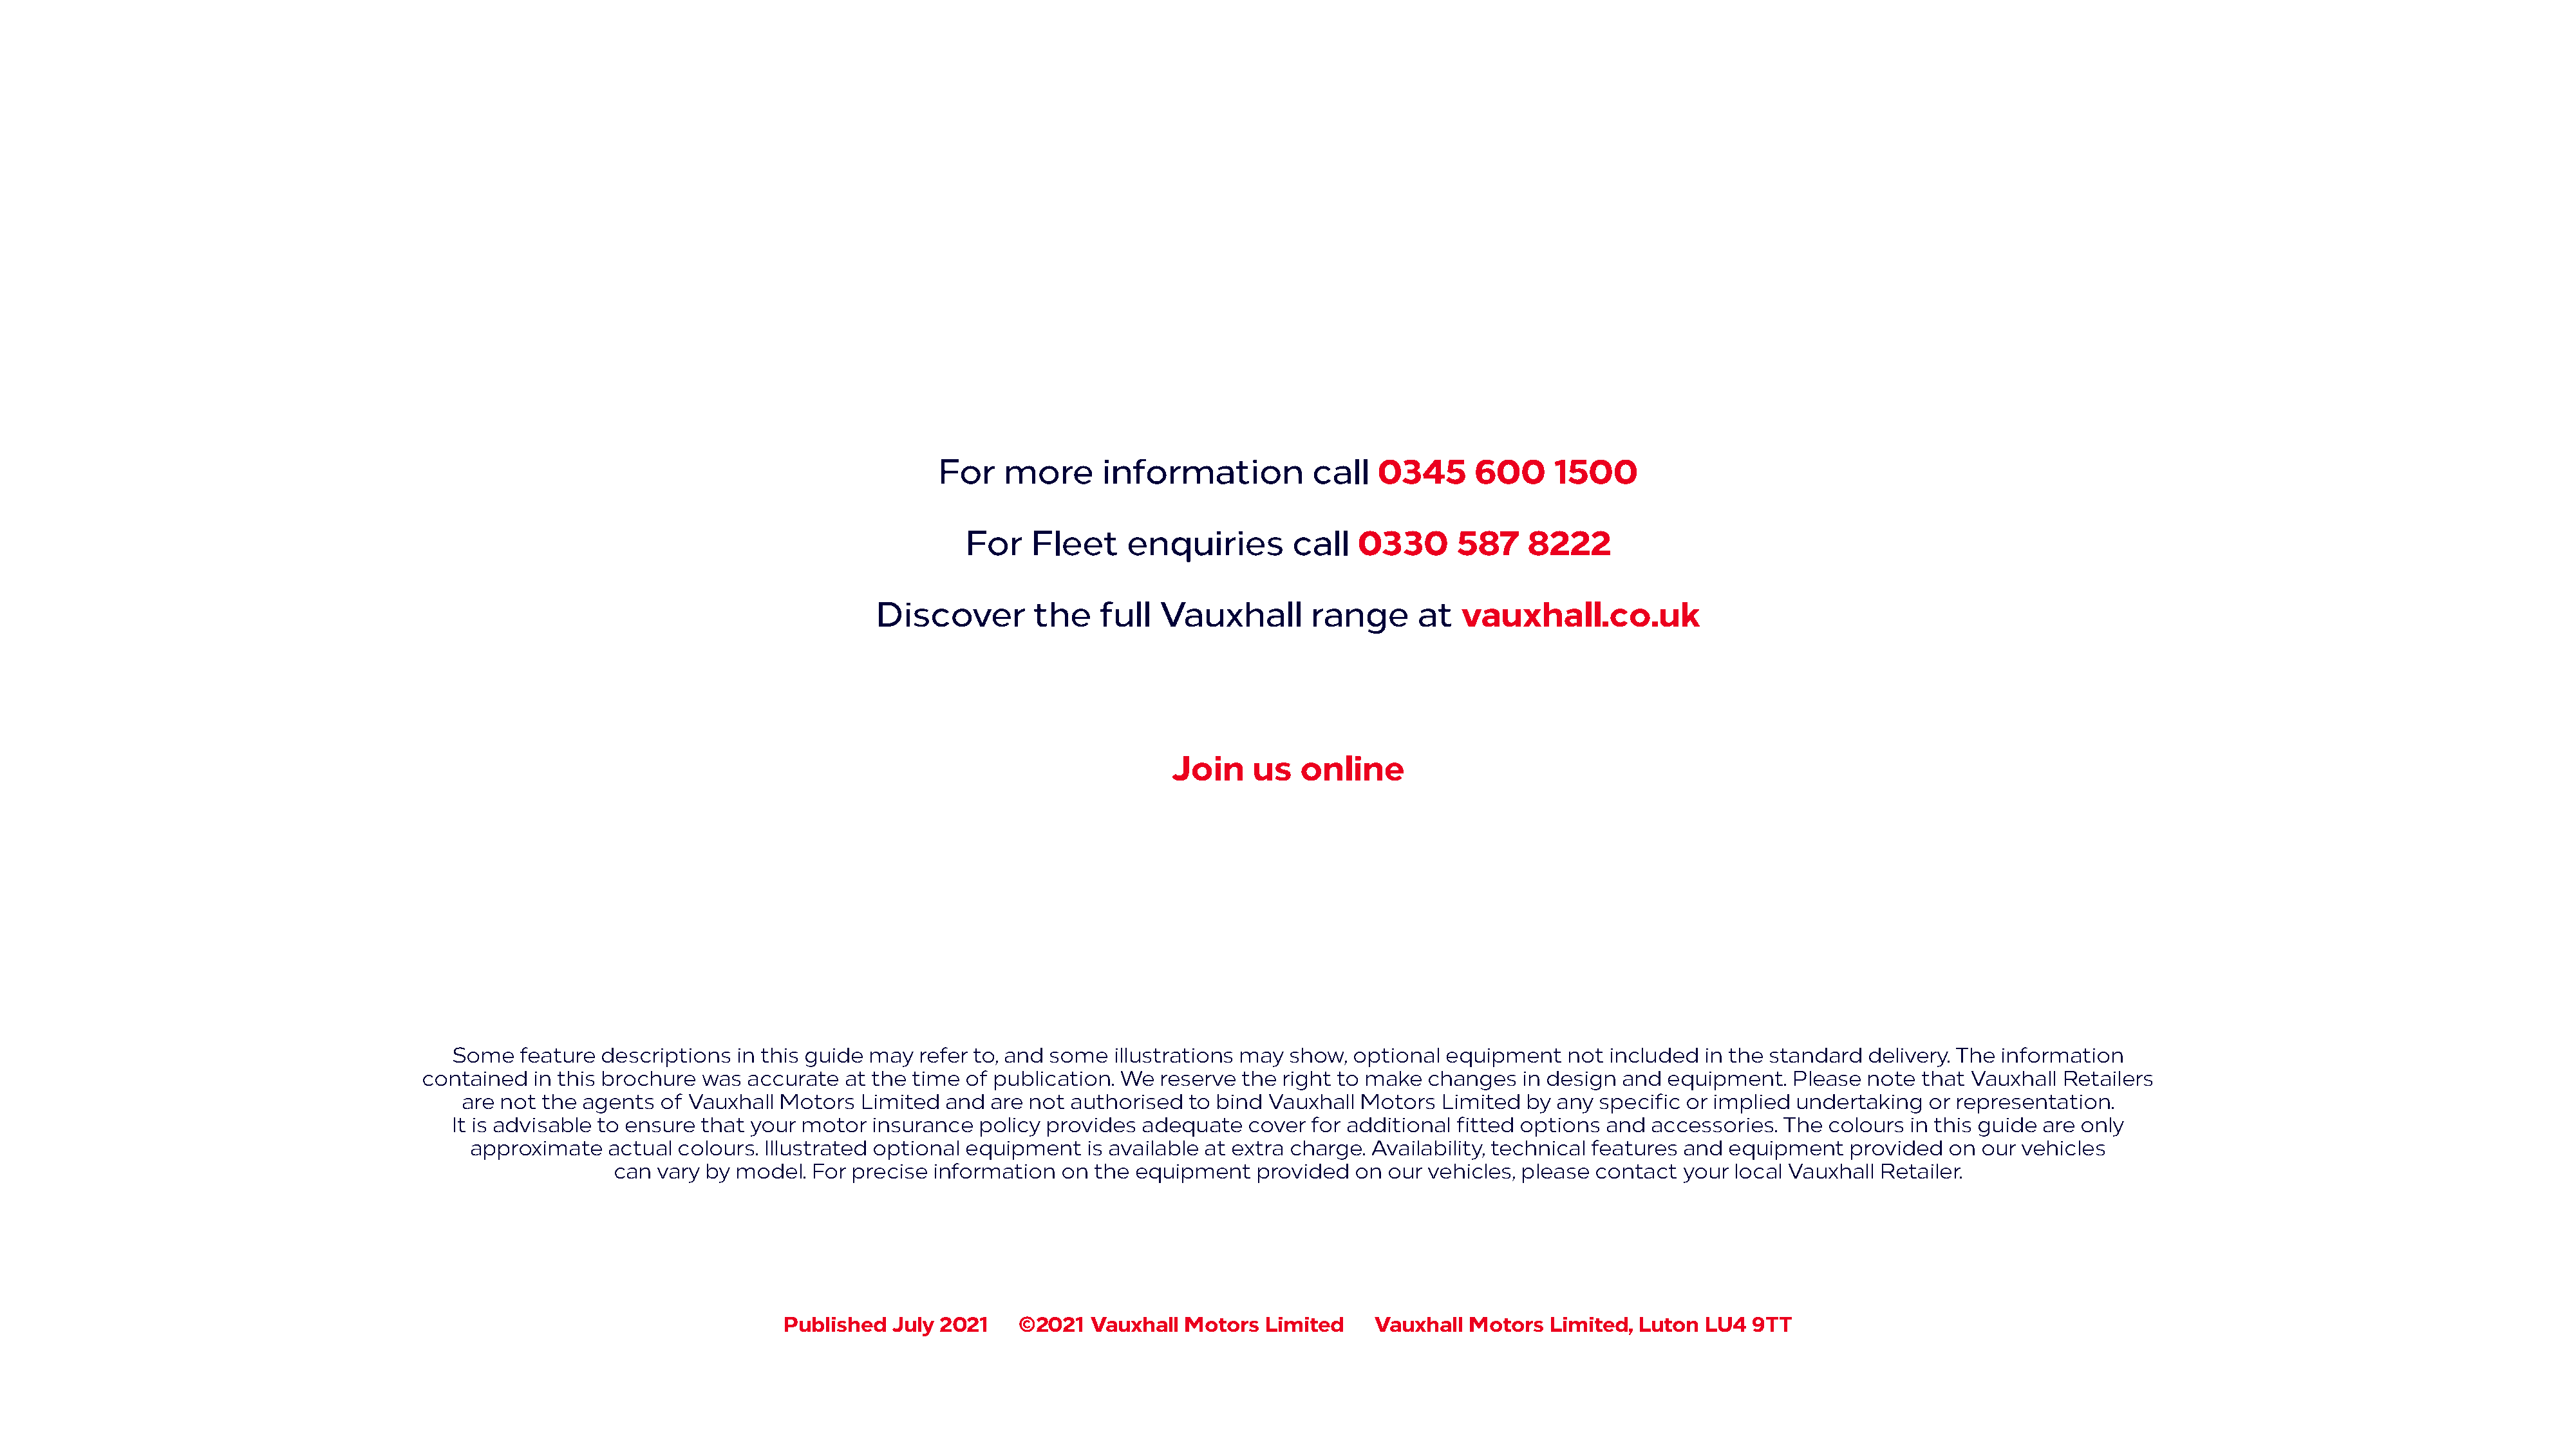
For    more      information           call   0345      600     1500
 For    Fleet     enquiries        call   0330      587    8222
 Discover        the    full  Vauxhall        range      at  vauxhall.co.uk
 Join     us   online
 Some   feature  descriptions  in this guide may refer to, and some  illustrations may  show, optional  equipment   not included  in the standard  delivery. The information
 contained   in this brochure was  accurate  at the time of publication. We  reserve  the right to make  changes   in design and equipment.   Please  note that  Vauxhall Retailers
 are not  the agents  of Vauxhall Motors  Limited  and  are not authorised  to bind Vauxhall  Motors  Limited  by any specific or implied  undertaking  or representation.
 It is advisable to ensure that your motor   insurance  policy provides adequate   cover  for additional fitted options and  accessories. The  colours in this guide are only
 approximate   actual  colours. Illustrated optional equipment   is available at extra charge. Availability, technical features and equipment  provided  on  our vehicles
 can  vary by model. For  precise information  on the  equipment   provided  on  our vehicles, please contact  your local Vauxhall Retailer.
 Published  July 2021    ©2021  Vauxhall  Motors  Limited    Vauxhall  Motors  Limited, Luton  LU4  9TT